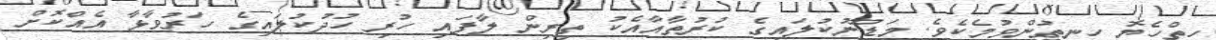
ހިތްހެޔޮ ހިނިތުންވުމެކެވެ. މަޑުނޫކުލައިގެ ކުރުތާއާއެކު ތިރިން ލާފައި ހުރި ހުދުކުލައިގެ ހަރުވާޅާ އެއްކޮށް